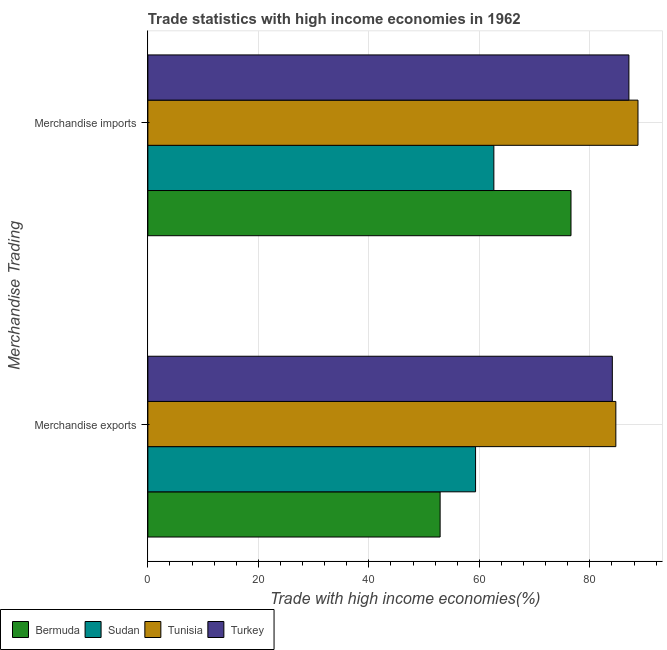
| Merchandise Trading | Bermuda | Sudan | Tunisia | Turkey |
 | --- | --- | --- | --- | --- |
 | Merchandise exports | 52.9 | 59.3 | 84.7 | 84.1 |
 | Merchandise imports | 76.6 | 62.6 | 88.7 | 87.1 |